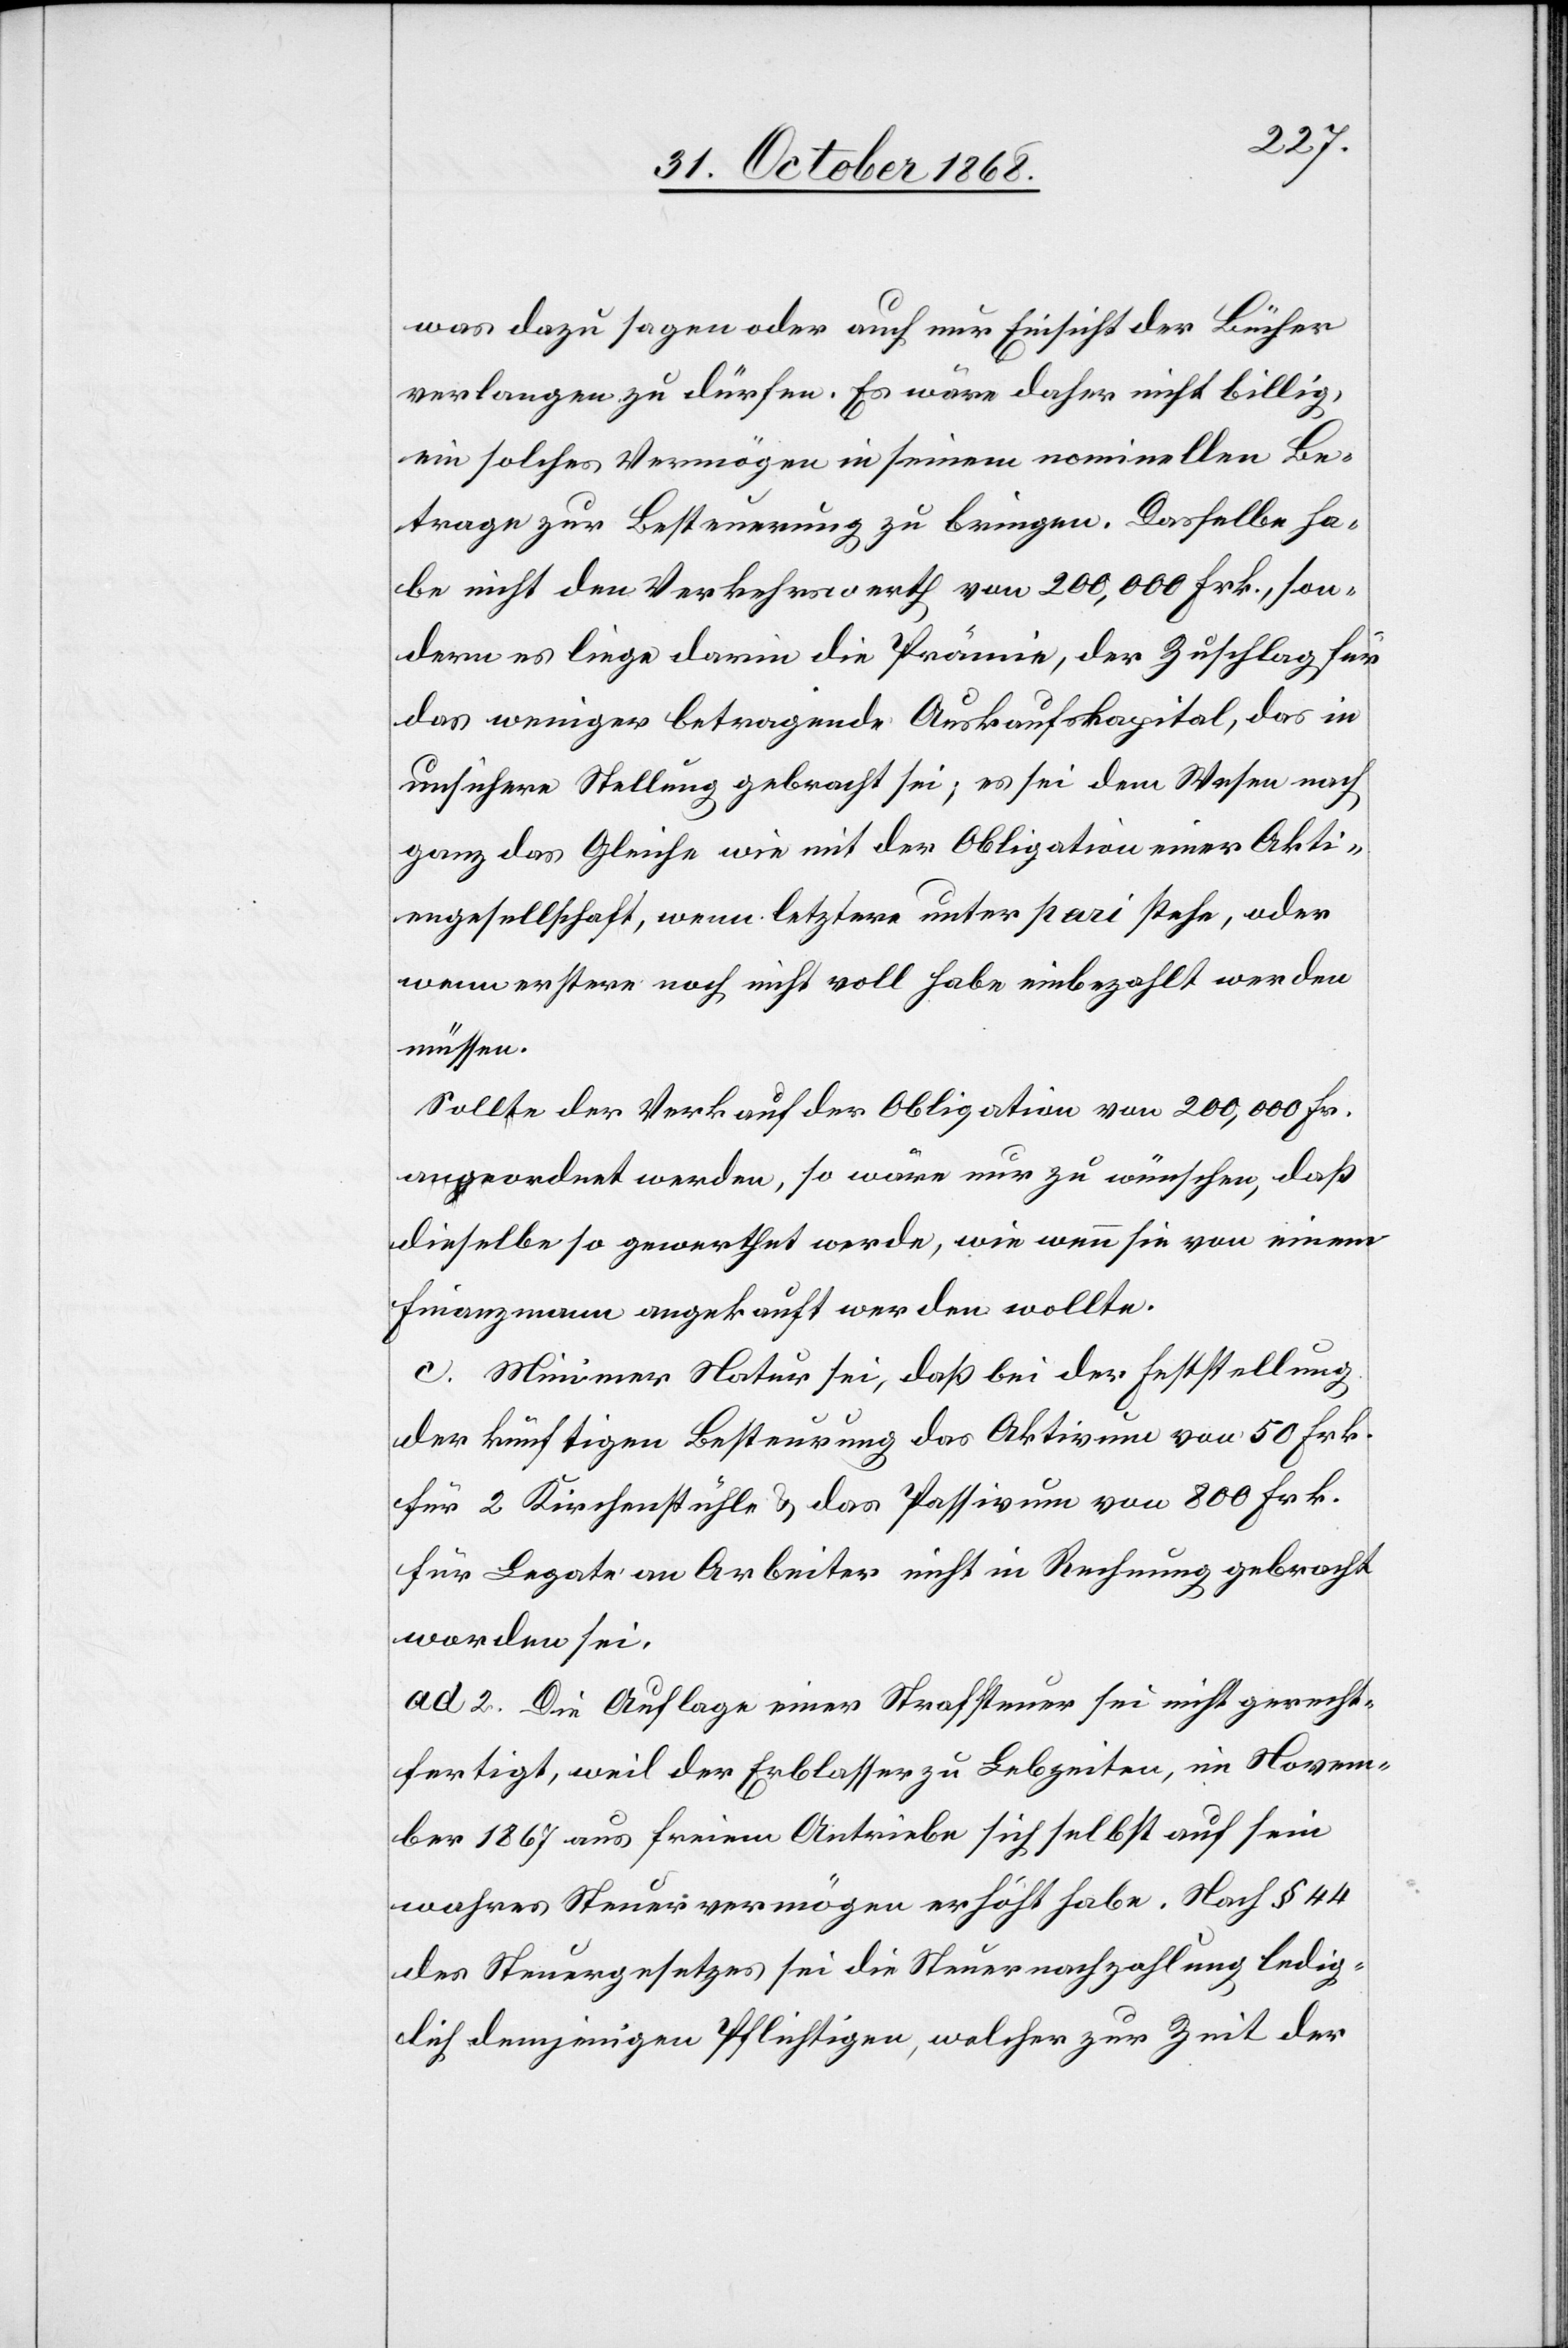
was dazu sagen oder auch nur Einsicht der Bücher
verlangen zu dürfen. Es wäre daher nicht billig,
ein solches Vermögen in seinem nominellen Be¬
trage zur Besteuerung zu bringen. Dasselbe ha¬
be nicht den Verkehrswerth von 200,000 Frk., son¬
dern es liege darin die Prämie, der Zuschlag für
das weniger betragende Auskaufskapital, das in
unsichere Stellung gebracht sei, es sei dem Wesen nach
ganz das Gleiche wie mit der Obligation einer Akti¬
engesellschaft, wenn letztere unter pari stehe, oder
wenn erstere noch nicht voll habe einbezahlt werden
müssen.
Sollte der Verkauf der Obligation von 200,000 Fr.
angeordnet werden, so wäre nur zu wünschen, daß
dieselbe so gewerthet werde, wie wenn sie von einem
Finanzmann angekauft werden wollte.
c. Minimer Natur sei, daß bei der Feststellung
der künftigen Besteurung das Aktivum von 50 Frk.
für 2 Kirchenstühle & das Passivum von 800 Frk.
für Legate an Arbeiter nicht in Rechnung gebracht
worden sei.
ad 2. Die Auflage einer Strafsteuer sei nicht gerecht¬
fertigt, weil der Erblasser zu Lebzeiten, im Novem¬
ber 1867 aus freiem Antriebe sich selbst auf sein
wahres Steuervermögen erhöht habe. Nach § 44
des Steuergesetzes sei die Steuernachzahlung ledig¬
lich demjenigen Pflichtigen, welcher zur Zeit der